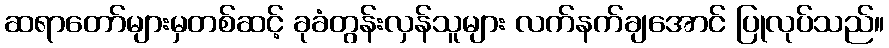
ဆရာတော်များမှတစ်ဆင့် ခုခံတွန်းလှန်သူများ လက်နက်ချအောင် ပြုလုပ်သည်။